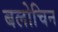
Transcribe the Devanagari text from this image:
बलोचिन